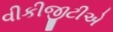
વીકીજીટીએ